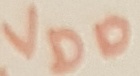
Text: VDD